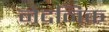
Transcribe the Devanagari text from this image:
नेदनिक